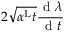
2 \sqrt { \alpha ^ { \mathrm { L } } t } \frac { \textrm { d } \lambda } { \textrm { d } t }